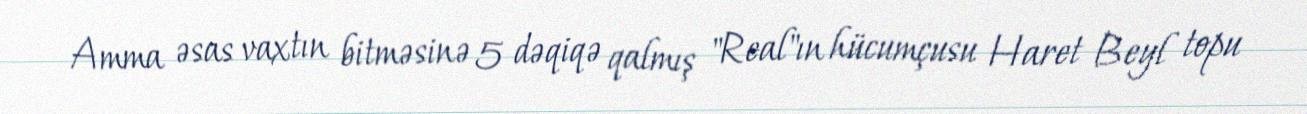
Amma əsas vaxtın bitməsinə 5 dəqiqə qalmış "Real"ın hücumçusu Haret Beyl topu